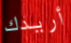
أريدك